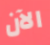
الآن